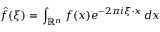
{ \hat { f } } ( \xi ) = \int _ { \mathbb { R } ^ { n } } f ( x ) e ^ { - 2 \pi i \xi \cdot x } \, d x